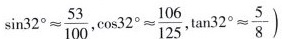
$$\sin 3 2 °≈ \frac { 5 3 } { 10 0 }$$,$$ \cos 3 2 °≈ \frac { 1 0 6 } { 1 2 5 }$$,$$ \tan 3 2 ° ≈ \frac { 5 } { 8 } )$$